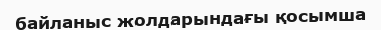
байланыс жолдарындағы қосымша